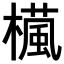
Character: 𣜳